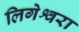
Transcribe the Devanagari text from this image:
लिगेश्वरा